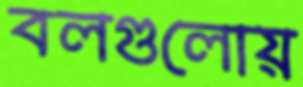
বলগুলোয়